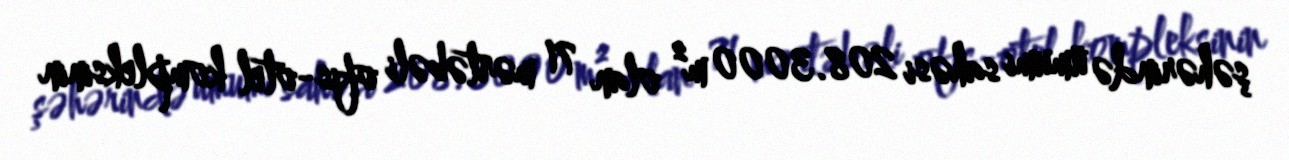
şəhərində ümumi sahəsi 208.3000 m² olan 71 mərtəbəli ofis-otel kompleksinin